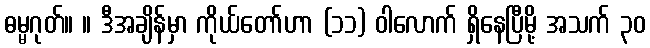
ဓမ္မဂုတ်။ ။ ဒီအချိန်မှာ ကိုယ်တော်ဟာ (၁၁) ဝါလောက် ရှိနေပြီမို့ အသက် ၃၀